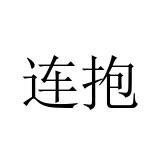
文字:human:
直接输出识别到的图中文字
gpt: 连抱